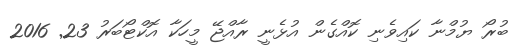
ބުރޯ ޔުމްނާ ކައިވެނި ކޮއްގެން އުޅެނީ ރާއްޖޭ މީހަކާ އޮކްޓޯބަރު 23